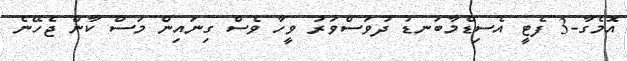
އޮމެގާ-3 ފެޓީ އެސިޑްމާބަނޑު ދުވަސްވަރު ވީހާ ވެސް ގިނައިން މަސް ކާން ޖެހޭނެ